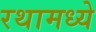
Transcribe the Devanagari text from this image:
रथामध्ये